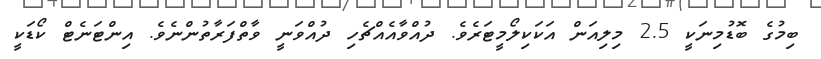
ބިމުގެ ބޮޑުމިނަކީ 2.5 މިލިއަން އަކަކިލޯމީޓަރެވެ. ދުއްވާއެއްޗެހި ދުއްވަނީ ވާތްފަރާތުންނެވެ. އިންޓަނެޓް ކޯޑަކީ